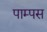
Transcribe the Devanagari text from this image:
पाम्पस